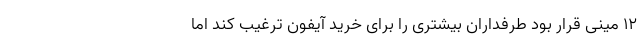
12 مینی قرار بود طرفداران بیشتری را برای خرید آیفون ترغیب کند اما